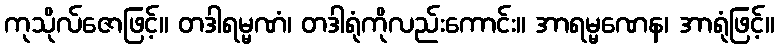
ကုသိုလ်ဇောဖြင့်။ တဒါရမ္မဏံ၊ တဒါရုံကိုလည်းကောင်း။ အာရမ္မဏေန၊ အာရုံဖြင့်။